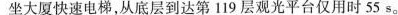
坐大厦快速电梯，从底层到达第119层观光平台仅用时55s。